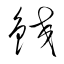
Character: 鉸